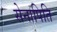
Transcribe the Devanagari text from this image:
सेनापिति